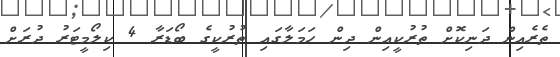
ތެރެއިން ދަނިކޮށް ތުރުކީއިން ދިން ހަމަލާގައި ތުރުކީގެ ބޯޑަރާ 4 ކިލޯމީޓަރު ދުރަށް